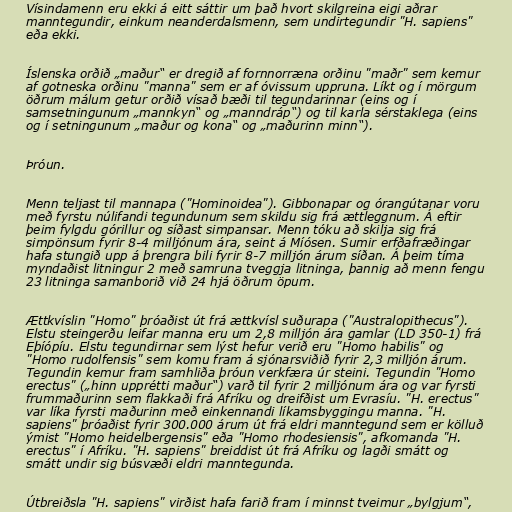
Vísindamenn eru ekki á eitt sáttir um það hvort skilgreina eigi aðrar
manntegundir, einkum neanderdalsmenn, sem undirtegundir "H. sapiens"
eða ekki.

Íslenska orðið „maður“ er dregið af fornnorræna orðinu "maðr" sem kemur
af gotneska orðinu "manna" sem er af óvissum uppruna. Líkt og í mörgum
öðrum málum getur orðið vísað bæði til tegundarinnar (eins og í
samsetningunum „mannkyn“ og „manndráp“) og til karla sérstaklega (eins
og í setningunum „maður og kona“ og „maðurinn minn“).

Þróun.

Menn teljast til mannapa ("Hominoidea"). Gibbonapar og órangútanar voru
með fyrstu núlifandi tegundunum sem skildu sig frá ættleggnum. Á eftir
þeim fylgdu górillur og síðast simpansar. Menn tóku að skilja sig frá
simpönsum fyrir 8-4 milljónum ára, seint á Míósen. Sumir erfðafræðingar
hafa stungið upp á þrengra bili fyrir 8-7 milljón árum síðan. Á þeim tíma
myndaðist litningur 2 með samruna tveggja litninga, þannig að menn fengu
23 litninga samanborið við 24 hjá öðrum öpum.

Ættkvíslin "Homo" þróaðist út frá ættkvísl suðurapa ("Australopithecus").
Elstu steingerðu leifar manna eru um 2,8 milljón ára gamlar (LD 350-1) frá
Eþíópíu. Elstu tegundirnar sem lýst hefur verið eru "Homo habilis" og
"Homo rudolfensis" sem komu fram á sjónarsviðið fyrir 2,3 milljón árum.
Tegundin kemur fram samhliða þróun verkfæra úr steini. Tegundin "Homo
erectus" („hinn upprétti maður“) varð til fyrir 2 milljónum ára og var fyrsti
frummaðurinn sem flakkaði frá Afríku og dreifðist um Evrasíu. "H. erectus"
var líka fyrsti maðurinn með einkennandi líkamsbyggingu manna. "H.
sapiens" þróaðist fyrir 300.000 árum út frá eldri manntegund sem er kölluð
ýmist "Homo heidelbergensis" eða "Homo rhodesiensis", afkomanda "H.
erectus" í Afríku. "H. sapiens" breiddist út frá Afríku og lagði smátt og
smátt undir sig búsvæði eldri manntegunda.

Útbreiðsla "H. sapiens" virðist hafa farið fram í minnst tveimur „bylgjum“,